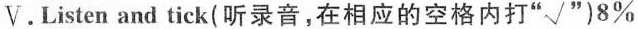
V.Listen and tick(听录音,在相应的空格内打"√")8%